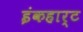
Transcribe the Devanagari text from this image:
इंकहार्ट